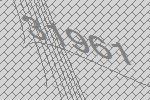
31961